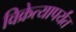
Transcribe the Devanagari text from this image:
विक्रेत्यापर्यंत